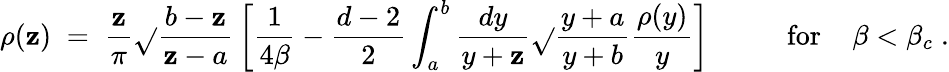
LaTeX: \rho(\mathbf{z})\; =\; {\frac{{\mathbf{z}}}{{\pi}}}\sqrt{}{{\frac{{b-\mathbf{z}}}{{\mathbf{z}-a}}}}\left[{\frac{{1}}{{4\beta}}}-{\frac{{d-2}}{{2}}}\int_{a}^{b}{\frac{{dy}}{{y+\mathbf{z}}}}\sqrt{}{{\frac{{y+a}}{{y+b}}}}{\frac{{\rho(y)}}{{y}}}\right]\; \; \; \; \; \; \; \; \; \; \mathrm{{for}}\; \; \; \; \beta<\beta_{c}\; .